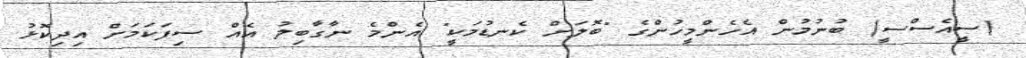
(ސީއެސްސީ) ބުނުމުން އެހެންމީހުންގެ "ބޮލަށް ކެނޑުމަކީ" އެންމެ ނާގާބިލު އެއް ސިފަކަމަށް އިދިކޮޅު